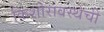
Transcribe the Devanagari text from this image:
किशोरावस्थेची